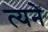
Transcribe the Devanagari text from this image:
त्यने